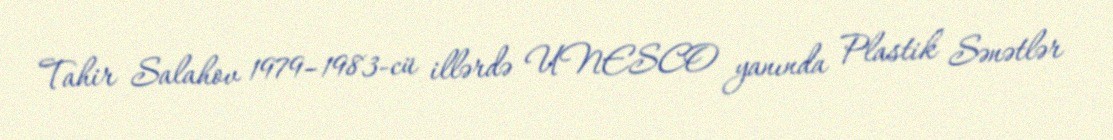
Tahir Salahov 1979–1983-cü illərdə UNESCO yanında Plastik Sənətlər